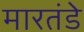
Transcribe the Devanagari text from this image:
मारतंडे